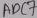
Text: ADC7